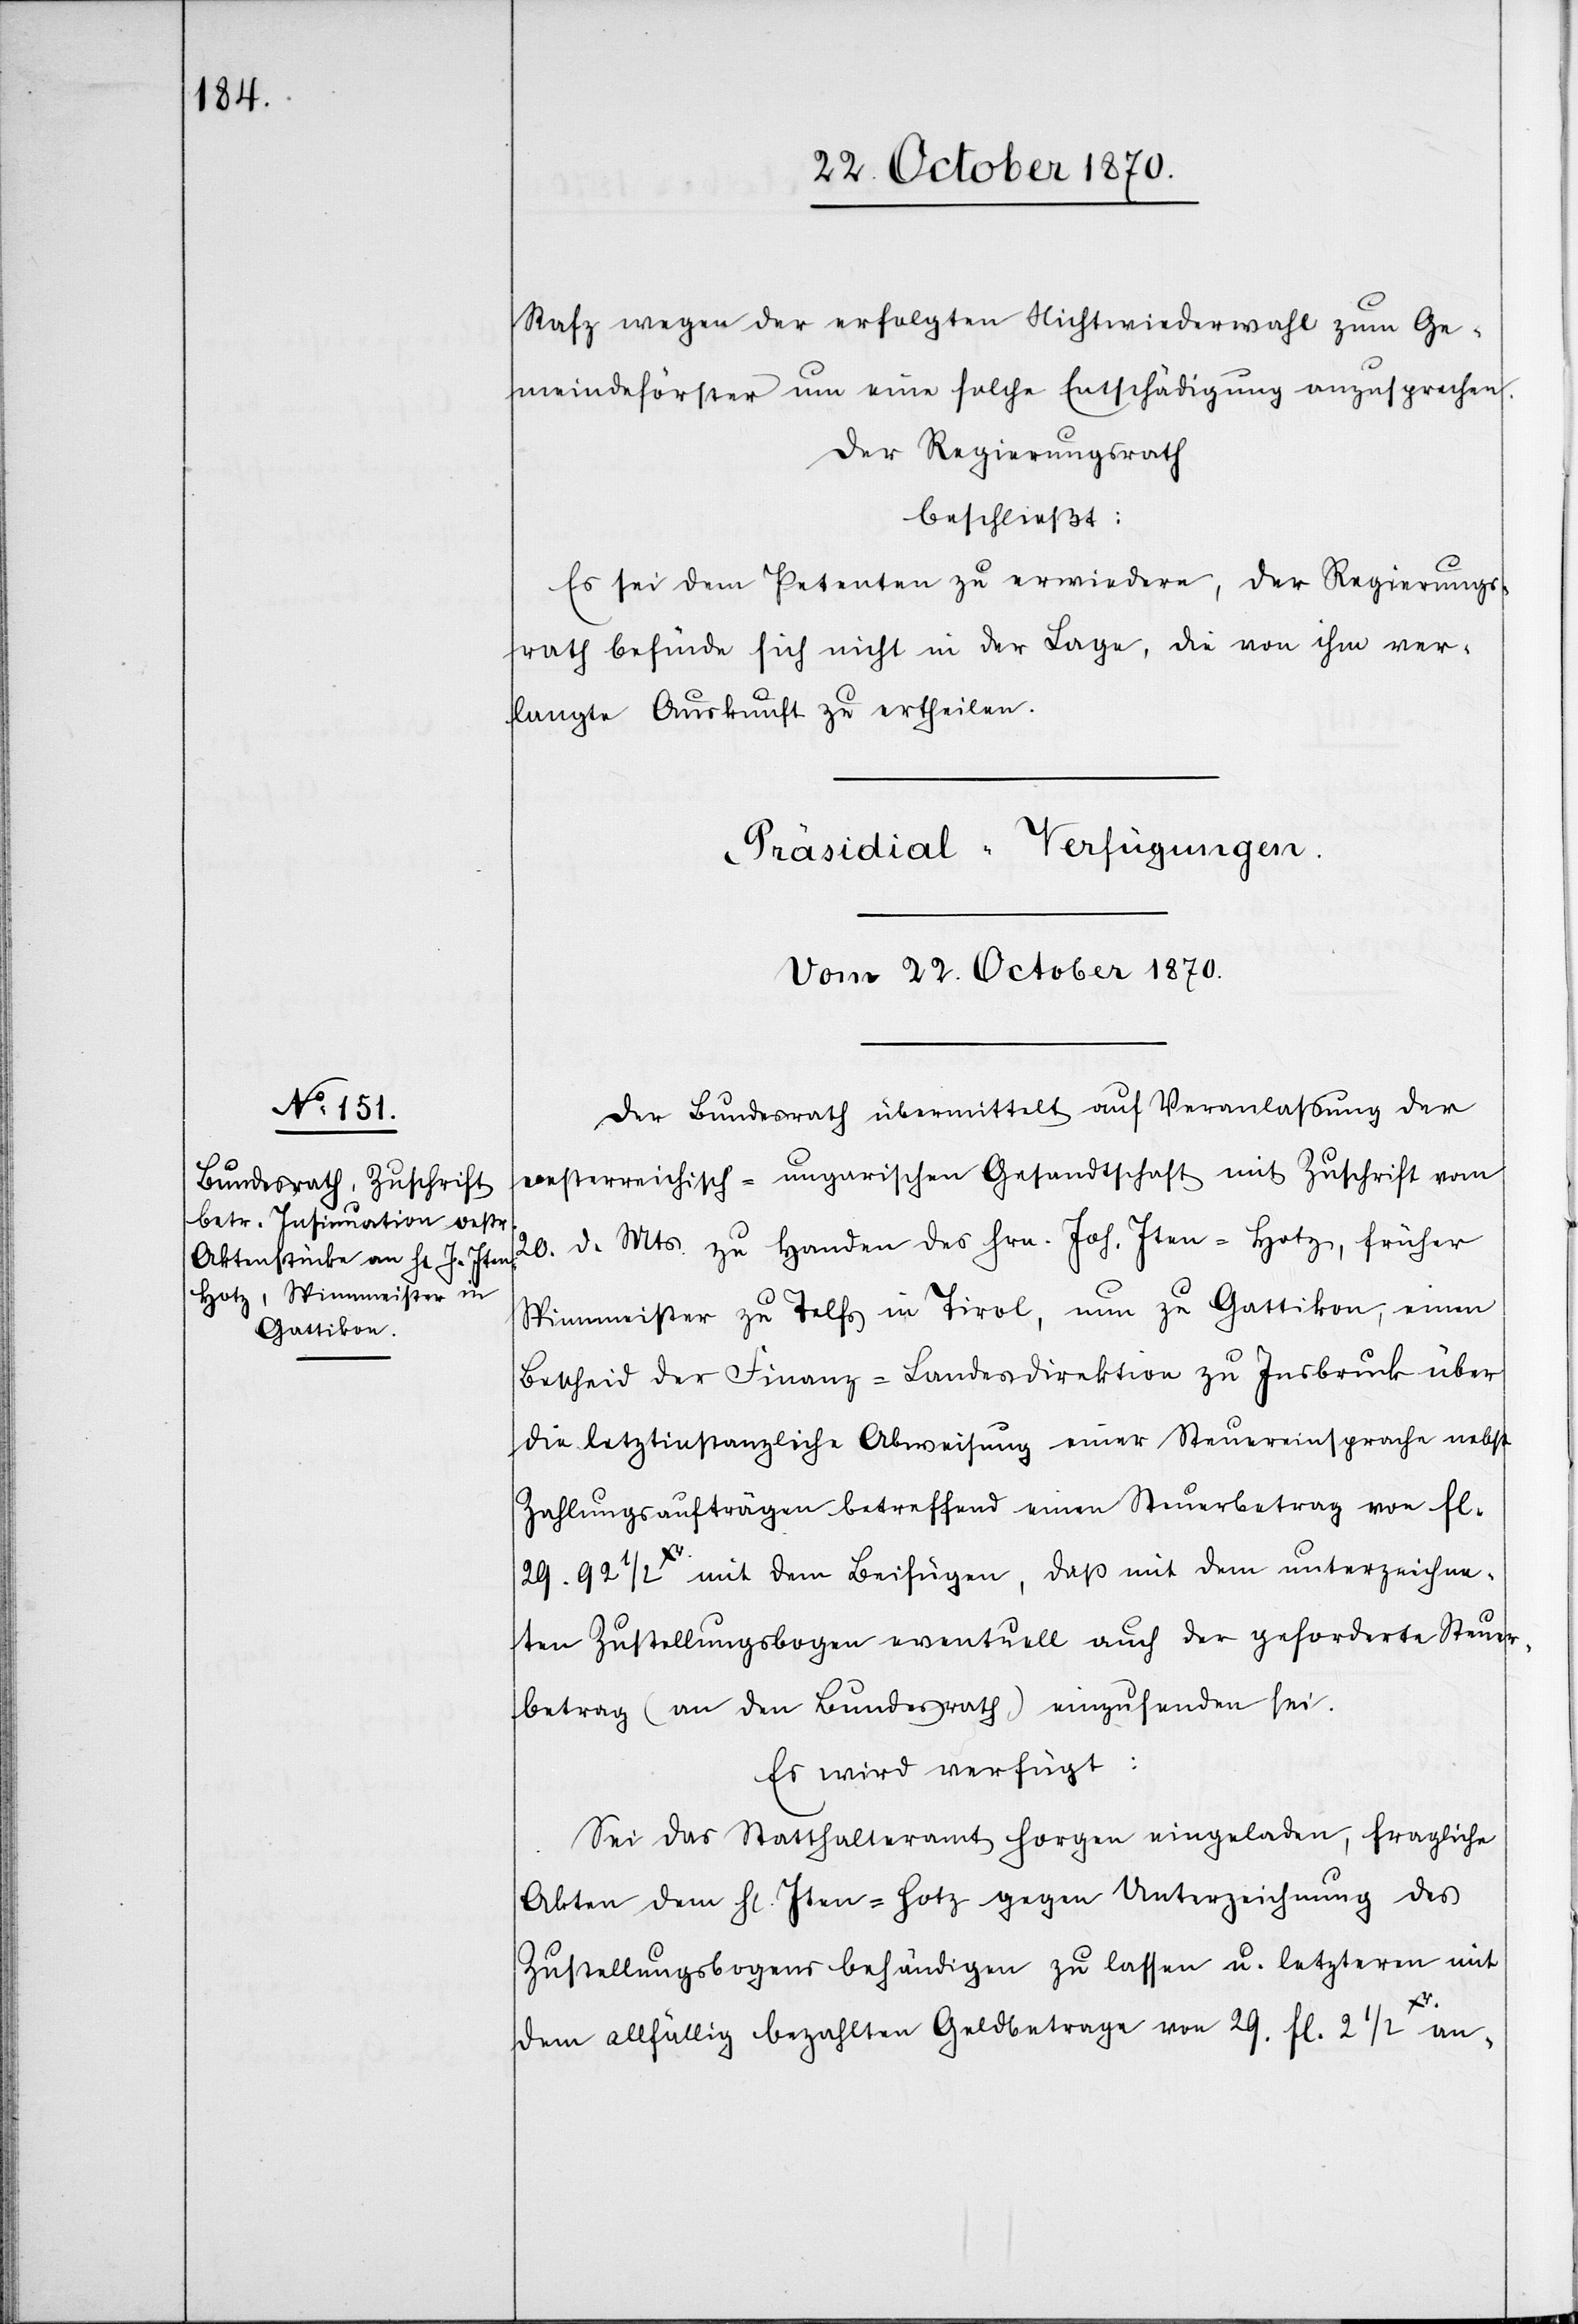
Rafz wegen der erfolgten Nichtwiederwahl zum Ge¬
meindeförster um eine solche Entschädigung anzusprechen.
Der Regierungsrath
beschließt:
Es sei dem Petenten zu erwiedern, der Regierungs¬
rath befände sich nicht in der Lage, die von ihm ver¬
langte Auskunft zu ertheilen.
Präsidial-Verfügungen.
Vom 22. October 1870.
Der Bundesrath übermittelt auf Veranlaßung der
oesterreichisch-ungarischen Gesandtschaft mit Zuschrift vom
20. d. Mts. zu Handen des Hrn. Jos. Iten-Hotz, früher
Spinnmeister zu Telfs in Tirol, nun zu Gattikon, einen
Bescheid der Finanz-Landesdirektion zu Insbruck über
die letztinstanzliche Abweisung einer Steuereinsprache nebst
Zahlungsaufträgen betreffend einen Steuerbetrag von Fl.
29. 92 1/2Xr. mit dem Beifügen, daß mit dem unterzeichne¬
ten Zustellungsbogen eventuell auch der geforderte Steuer¬
betrag (an den Bundesrath) einzusenden sei.
Es wird verfügt:
Sei das Statthalteramt Horgen eingeladen, fragliche
Akten dem H[errn] Iten-Hotz gegen Unterzeichnung des
Zustellungsbogens behändigen zu lassen u. letzteren mit
dem allfällig bezahlten Geldbetrage von 29. Fl. 2 1/2Xr.